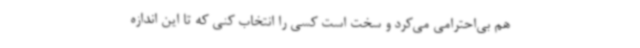
هم بی‌احترامی می‌کرد و سخت است کسی را انتخاب کنی که تا این اندازه